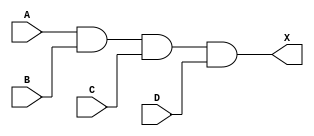
/*
 * Copyright 2020 The SkyWater PDK Authors
 *
 * Licensed under the Apache License, Version 2.0 (the "License");
 * you may not use this file except in compliance with the License.
 * You may obtain a copy of the License at
 *
 *     https://www.apache.org/licenses/LICENSE-2.0
 *
 * Unless required by applicable law or agreed to in writing, software
 * distributed under the License is distributed on an "AS IS" BASIS,
 * WITHOUT WARRANTIES OR CONDITIONS OF ANY KIND, either express or implied.
 * See the License for the specific language governing permissions and
 * limitations under the License.
 *
 * SPDX-License-Identifier: Apache-2.0
*/


`ifndef SKY130_FD_SC_LS__AND4_FUNCTIONAL_V
`define SKY130_FD_SC_LS__AND4_FUNCTIONAL_V

/**
 * and4: 4-input AND.
 *
 * Verilog simulation functional model.
 */

`timescale 1ns / 1ps
`default_nettype none

`celldefine
module sky130_fd_sc_ls__and4 (
    X,
    A,
    B,
    C,
    D
);

    // Module ports
    output X;
    input  A;
    input  B;
    input  C;
    input  D;

    // Local signals
    wire and0_out_X;

    //  Name  Output      Other arguments
    and and0 (and0_out_X, A, B, C, D     );
    buf buf0 (X         , and0_out_X     );

endmodule
`endcelldefine

`default_nettype wire
`endif  // SKY130_FD_SC_LS__AND4_FUNCTIONAL_V